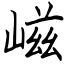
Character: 嵫